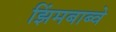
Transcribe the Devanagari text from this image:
झिंमबाब्वे